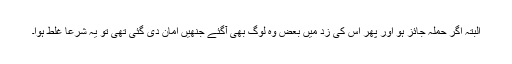
البتہ اگر حملہ جائز ہو اور پھر اس کی زد میں بعض وہ لوگ بھی آگئے جنھیں امان دی گئی تھی تو یہ شرعاً غلط ہوا۔